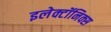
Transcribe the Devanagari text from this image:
इलेक्टॉनिक्स